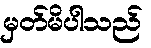
မှတ်မိပါသည်